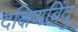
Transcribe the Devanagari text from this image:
दक्षिणबिंदु